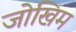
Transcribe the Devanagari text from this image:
जोखिम